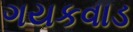
ગયકવાડ